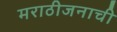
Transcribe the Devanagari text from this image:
मराठीजनाची